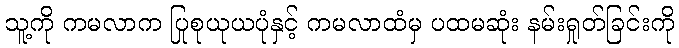
သူ့ကို ကမလာက ပြုစုယုယပုံနှင့် ကမလာထံမှ ပထမဆုံး နမ်းရှုတ်ခြင်းကို